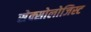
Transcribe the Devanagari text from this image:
सेक्सोलोजिस्ट